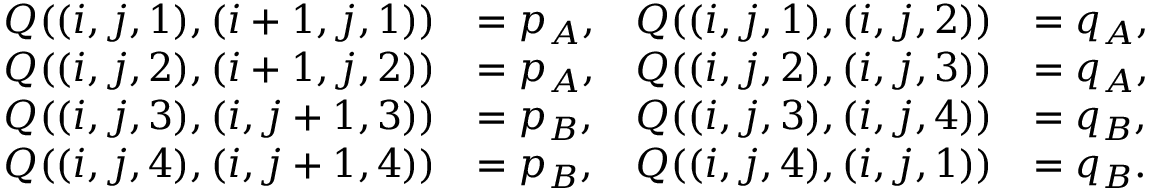
\begin{array} { r l r l } { Q ( ( i , j , 1 ) , ( i + 1 , j , 1 ) ) } & { = p _ { A } , } & { Q ( ( i , j , 1 ) , ( i , j , 2 ) ) } & { = q _ { A } , } \\ { Q ( ( i , j , 2 ) , ( i + 1 , j , 2 ) ) } & { = p _ { A } , } & { Q ( ( i , j , 2 ) , ( i , j , 3 ) ) } & { = q _ { A } , } \\ { Q ( ( i , j , 3 ) , ( i , j + 1 , 3 ) ) } & { = p _ { B } , } & { Q ( ( i , j , 3 ) , ( i , j , 4 ) ) } & { = q _ { B } , } \\ { Q ( ( i , j , 4 ) , ( i , j + 1 , 4 ) ) } & { = p _ { B } , } & { Q ( ( i , j , 4 ) , ( i , j , 1 ) ) } & { = q _ { B } . } \end{array}